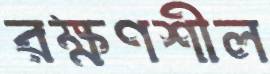
রক্ষণশীল